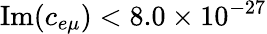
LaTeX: \mathrm{Im}(c_{e\mu})<8.0\times 10^{-27}